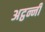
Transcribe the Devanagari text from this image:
अट्ठन्नी